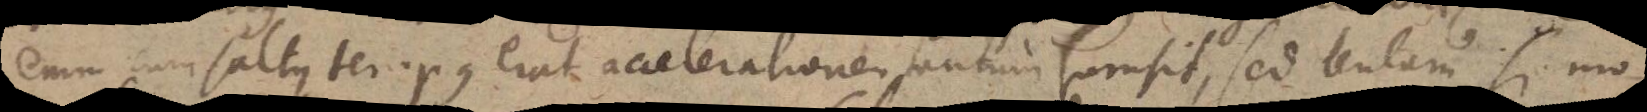
enim cum saltus tempus erat accelerationem tantum sumsit, sed lentam si mo-